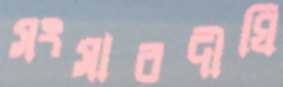
সংসারদীঘি